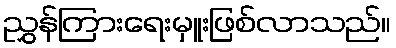
ညွှန်ကြားရေးမှူးဖြစ်လာသည်။